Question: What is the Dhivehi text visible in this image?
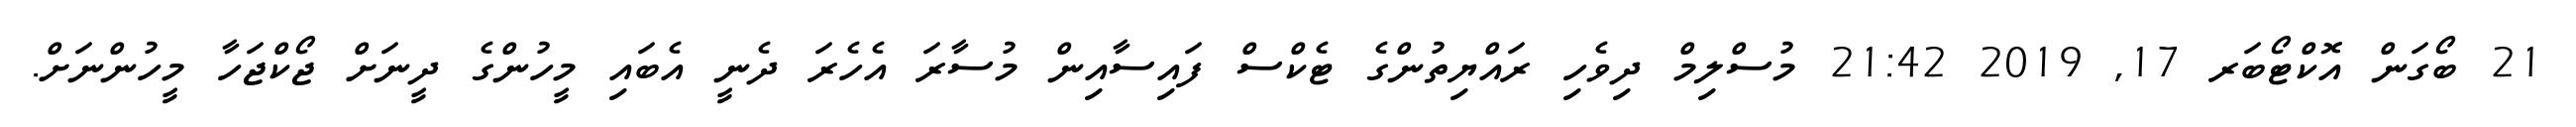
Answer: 21 ބޯގަން އޮކްޓޯބަރ 17, 2019 21:42 މުސްލިމް ދިވެހި ރައްޔިތުންގެ ޓެކްސް ފައިސާއިން މުސާރަ އެހެރަ ދެނީ އެބައި މީހުންގެ ދީނަށް ޖޯކްޖަހާ މީހުންނަށް.